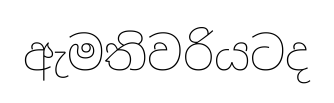
ඇමතිවරියටද